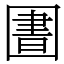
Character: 圕